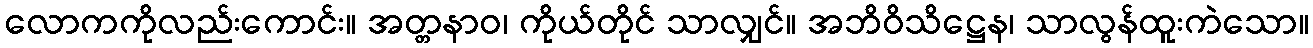
လောကကိုလည်းကောင်း။ အတ္တနာဝ၊ ကိုယ်တိုင် သာလျှင်။ အဘိဝိသိဋ္ဌေန၊ သာလွန်ထူးကဲသော။